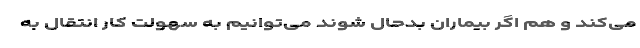
می‌کند و هم اگر بیماران بدحال شوند می‌توانیم به سهولت کار انتقال به